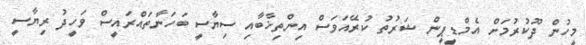
މީހުން ދޫކުރުމަށް އެމްޑީޕީން ޝަރުތު ކުރޭއަވަސް އިންތިޚާބާއި ސިޔާސީ ބަހަނާތައްރައީސް ވަހީދު ރިޔާސީ